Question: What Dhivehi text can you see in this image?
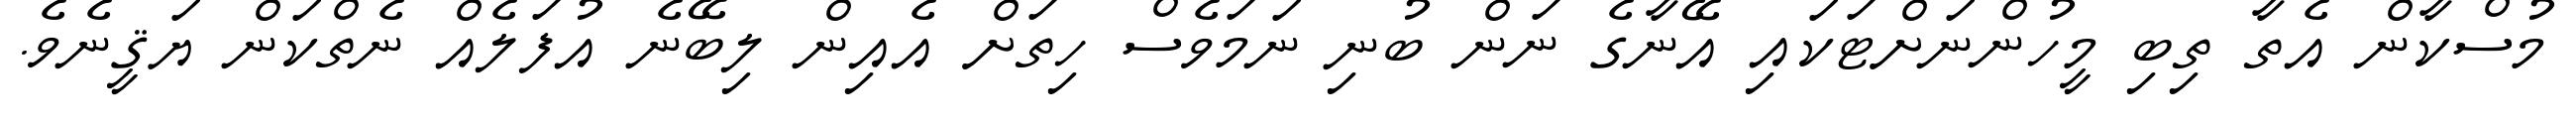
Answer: މުސްކާން އެތާ ތިބި މީހުންނަށްޓަކައި އޭނާގެ ނަން ބުނި ނަމަވެސް ހިތަށް އެއިން ލިބޭނެ އުފަލެއް ނެތްކަން ޔަޤީނެވެ.